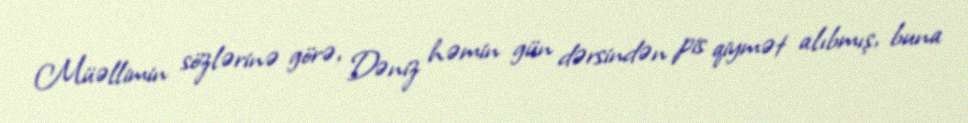
Müəllimin sözlərinə görə, Dəniz həmin gün dərsindən pis qiymət alıbmış, buna